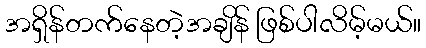
အရှိန်တက်နေတဲ့အချိန် ဖြစ်ပါလိမ့်မယ်။